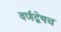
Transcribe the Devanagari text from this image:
वर्णद्वेषचं